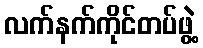
လက်နက်ကိုင်တပ်ဖွဲ့